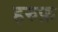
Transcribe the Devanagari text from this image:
हरुफ़